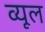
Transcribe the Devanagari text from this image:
व्यूल